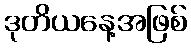
ဒုတိယနေ့အဖြစ်